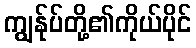
ကျွန်ုပ်တို့၏ကိုယ်ပိုင်